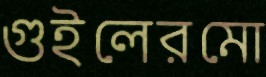
গুইলেরমো